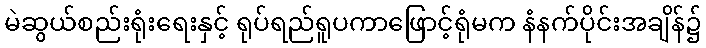
မဲဆွယ်စည်းရုံးရေးနှင့် ရုပ်ရည်ရူပကာဖြောင့်ရုံမက နံနက်ပိုင်းအချိန်၌